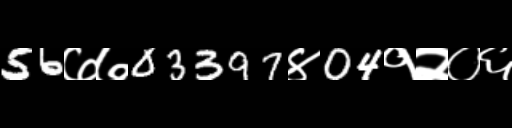
Text: 56७७03397४04१२०६